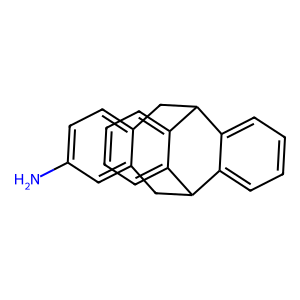
SMILES: Nc1ccc2c(c1)CC1c3ccccc3C(C2)c2ccccc21
Inhibits HIV replication: No